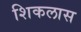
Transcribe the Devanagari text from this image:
शिकलास